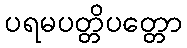
ပရမပတ္တိပတ္တော